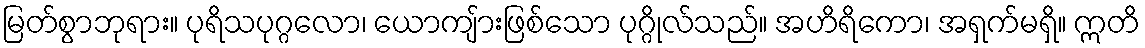
မြတ်စွာဘုရား။ ပုရိသပုဂ္ဂလော၊ ယောကျ်ားဖြစ်သော ပုဂ္ဂိုလ်သည်။ အဟိရိကော၊ အရှက်မရှိ။ ဣတိ